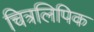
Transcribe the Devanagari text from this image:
चित्रलिपिक